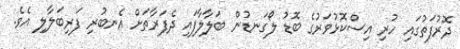
ދޮރުފަތުގައި ހުރި އިސްކޮޅުވަރުގެ ބޮޑު ލޯގަނޑުން ބަލާލާފައި ދެފަރާތަށް އެނބުރި ފަރިބަލާލި އެވެ.